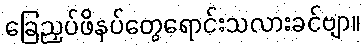
ခြေညှပ်ဖိနပ်တွေရောင်းသလားခင်ဗျာ။